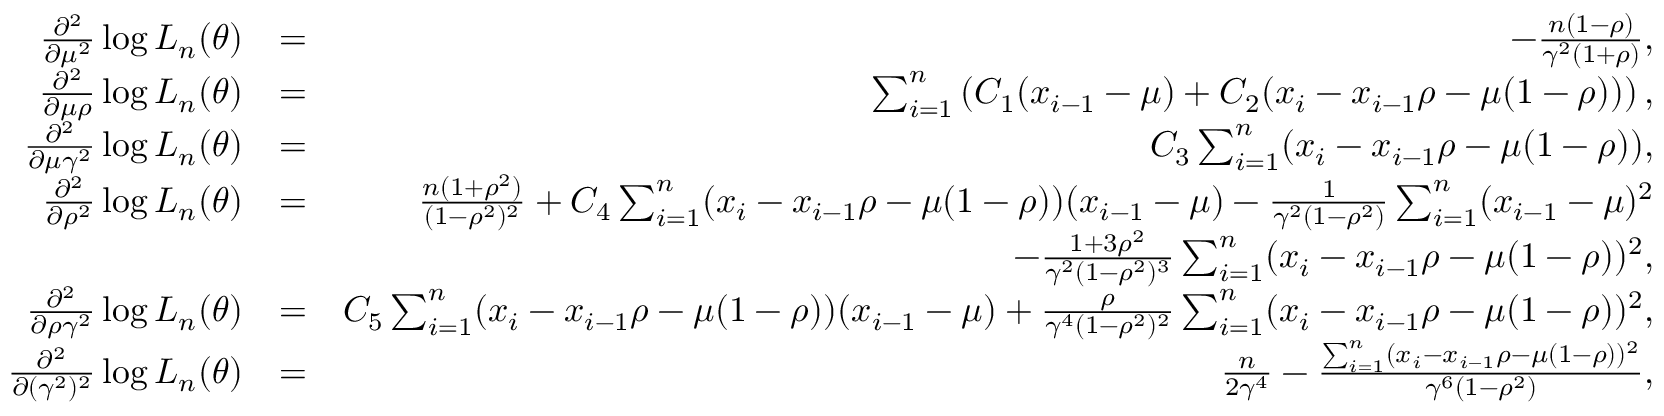
\begin{array} { r l r } { \frac { \partial ^ { 2 } } { \partial \mu ^ { 2 } } \log L _ { n } ( \theta ) } & { = } & { - \frac { n ( 1 - \rho ) } { \gamma ^ { 2 } ( 1 + \rho ) } , } \\ { \frac { \partial ^ { 2 } } { \partial \mu \rho } \log L _ { n } ( \theta ) } & { = } & { \sum _ { i = 1 } ^ { n } \left( C _ { 1 } ( x _ { i - 1 } - \mu ) + C _ { 2 } ( x _ { i } - x _ { i - 1 } \rho - \mu ( 1 - \rho ) ) \right) , } \\ { \frac { \partial ^ { 2 } } { \partial \mu \gamma ^ { 2 } } \log L _ { n } ( \theta ) } & { = } & { C _ { 3 } \sum _ { i = 1 } ^ { n } ( x _ { i } - x _ { i - 1 } \rho - \mu ( 1 - \rho ) ) , } \\ { \frac { \partial ^ { 2 } } { \partial \rho ^ { 2 } } \log L _ { n } ( \theta ) } & { = } & { \frac { n ( 1 + \rho ^ { 2 } ) } { ( 1 - \rho ^ { 2 } ) ^ { 2 } } + C _ { 4 } \sum _ { i = 1 } ^ { n } ( x _ { i } - x _ { i - 1 } \rho - \mu ( 1 - \rho ) ) ( x _ { i - 1 } - \mu ) - \frac { 1 } { \gamma ^ { 2 } ( 1 - \rho ^ { 2 } ) } \sum _ { i = 1 } ^ { n } ( x _ { i - 1 } - \mu ) ^ { 2 } } \\ & { } & { - \frac { 1 + 3 \rho ^ { 2 } } { \gamma ^ { 2 } ( 1 - \rho ^ { 2 } ) ^ { 3 } } \sum _ { i = 1 } ^ { n } ( x _ { i } - x _ { i - 1 } \rho - \mu ( 1 - \rho ) ) ^ { 2 } , } \\ { \frac { \partial ^ { 2 } } { \partial \rho \gamma ^ { 2 } } \log L _ { n } ( \theta ) } & { = } & { C _ { 5 } \sum _ { i = 1 } ^ { n } ( x _ { i } - x _ { i - 1 } \rho - \mu ( 1 - \rho ) ) ( x _ { i - 1 } - \mu ) + \frac { \rho } { \gamma ^ { 4 } ( 1 - \rho ^ { 2 } ) ^ { 2 } } \sum _ { i = 1 } ^ { n } ( x _ { i } - x _ { i - 1 } \rho - \mu ( 1 - \rho ) ) ^ { 2 } , } \\ { \frac { \partial ^ { 2 } } { \partial ( \gamma ^ { 2 } ) ^ { 2 } } \log L _ { n } ( \theta ) } & { = } & { \frac { n } { 2 \gamma ^ { 4 } } - \frac { \sum _ { i = 1 } ^ { n } ( x _ { i } - x _ { i - 1 } \rho - \mu ( 1 - \rho ) ) ^ { 2 } } { \gamma ^ { 6 } ( 1 - \rho ^ { 2 } ) } , } \end{array}